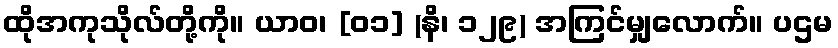
ထိုအကုသိုလ်တို့ကို။ ယာဝ၊ [၀၁] (နိ၊ ၁၂၉) အကြင်မျှလောက်။ ပဌမ